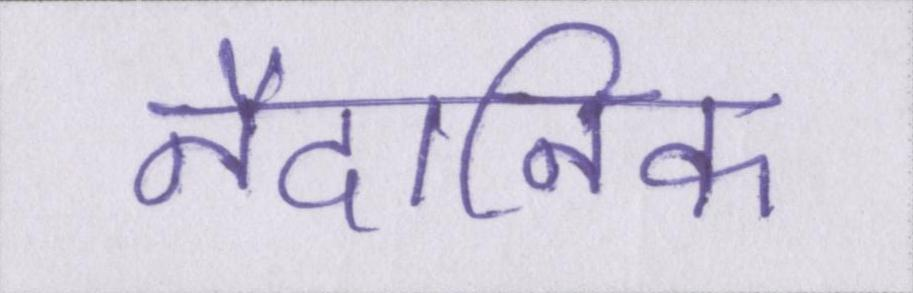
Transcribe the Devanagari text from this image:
नैदानिक